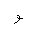
Letter: _waw